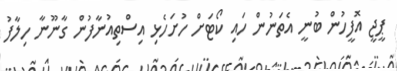
ޕީޖީ އޮފީހުން ބުނީ އެތަނުން ހައި ކޯޓަށް ހުށަހެޅި އިސްތިއުނާފުން ގާނޫނާ ހިލާފު